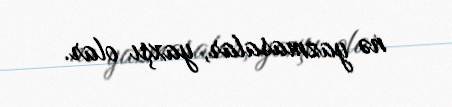
nə yazmasalar, yaxşı olar.